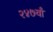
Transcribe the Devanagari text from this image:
२४७वाँ